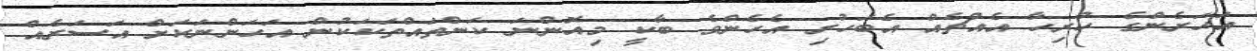
އަހަރެންގެ ހުރިހާ އެއްޗެއް އެބަހުރި އެހެންވެ ބާކީ މިއޮންނަ ކަންތައްތަކަކުން އަހަންނަކަށް އަސަރެއް